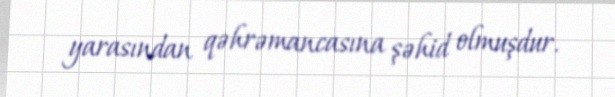
yarasından qəhrəmancasına şəhid olmuşdur.